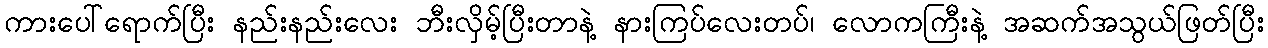
ကားပေါ်ရောက်ပြီး နည်းနည်းလေး ဘီးလှိမ့်ပြီးတာနဲ့ နားကြပ်လေးတပ်၊ လောကကြီးနဲ့ အဆက်အသွယ်ဖြတ်ပြီး